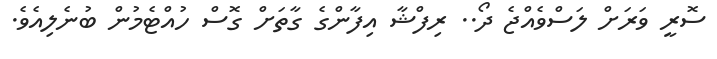
ސޮރީ ވަރަށް ލަސްވެއްޖެ ދޯ.. ރިފްޝާ އިފާންގެ ގާތަށް ގޮސް ހުއްޓެމުން ބުނެލިއެވެ.